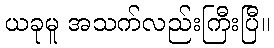
ယခုမူ အသက်လည်းကြီးပြီ။